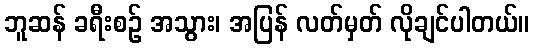
ဘူဆန် ခရီးစဉ် အသွား၊ အပြန် လတ်မှတ် လိုချင်ပါတယ်။